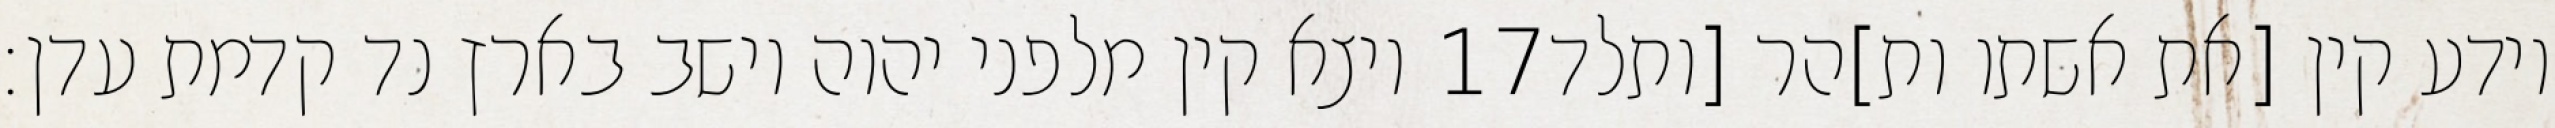
ויצא קין מלפני יהוה וישב בארץ נד קדמת עדן׃ ‎17‏ וידע קין [את אשתו ות]הר [ותלד